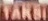
TAKSI